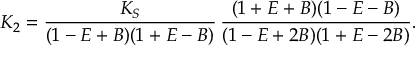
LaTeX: K _ { 2 } = \frac { K _ { S } } { ( 1 - E + B ) ( 1 + E - B ) } \, \frac { ( 1 + E + B ) ( 1 - E - B ) } { ( 1 - E + 2 B ) ( 1 + E - 2 B ) } .